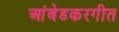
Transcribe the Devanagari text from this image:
आंबेडकरगीत